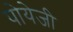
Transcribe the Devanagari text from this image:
पोयेजी